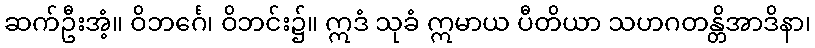
ဆက်ဦးအံ့။ ဝိဘင်္ဂေ၊ ဝိဘင်း၌။ ဣဒံ သုခံ ဣမာယ ပီတိယာ သဟဂတန္တိအာဒိနာ၊